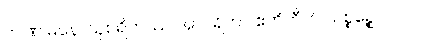
ဤဏ မနောသုစရိတဿ အာဝရိတာ ဧဟိတီတိ သစ္စဉ္စေဝ ဝလ